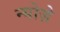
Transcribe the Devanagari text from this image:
न्योज़े